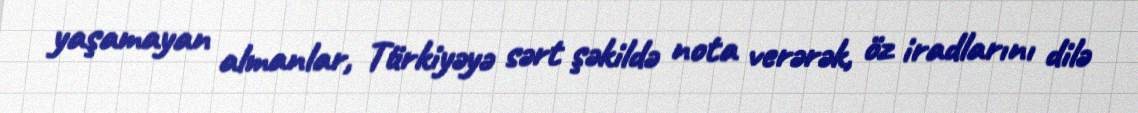
yaşamayan almanlar, Türkiyəyə sərt şəkildə nota verərək, öz iradlarını dilə